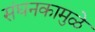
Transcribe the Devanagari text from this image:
संघनकामुळे